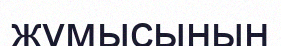
жұмысынын